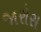
જારોસ